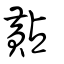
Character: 黇